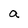
Character: a